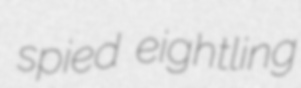
spied eightling